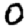
Digit: 0